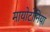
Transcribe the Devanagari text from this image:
मायोटोनिया